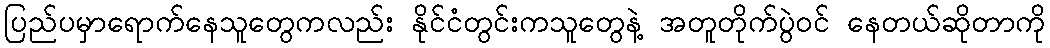
ပြည်ပမှာရောက်နေသူတွေကလည်း နိုင်ငံတွင်းကသူတွေနဲ့ အတူတိုက်ပွဲဝင် နေတယ်ဆိုတာကို